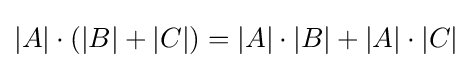
|A|\cdot (|B|+|C|)=|A|\cdot |B|+|A|\cdot |C|